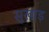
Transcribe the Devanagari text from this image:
सुखाड़